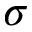
\sigma